Problem: 23 + 3 = ?
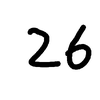
Handwritten answer: 26